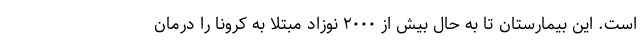
است. این بیمارستان تا به حال بیش از ۲۰۰۰ نوزاد مبتلا به کرونا را درمان